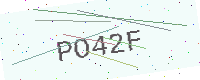
Text: PO42F